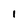
Character: 1